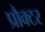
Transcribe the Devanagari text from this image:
प्रौक्टर